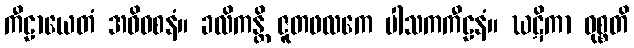
ကီဠာယေတံ အဓိဝစနံ။ ခလိကန္တိ ဇူတဖလကေ ပါသကကီဠနံ။ ဃဋိကာ ဝုစ္စတိ